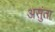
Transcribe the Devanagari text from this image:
असुंता